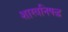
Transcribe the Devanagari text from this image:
शास्त्रनिषद्ध